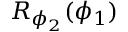
R _ { \phi _ { 2 } } ( \phi _ { 1 } )